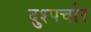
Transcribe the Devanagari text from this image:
दुश्पर्चार